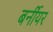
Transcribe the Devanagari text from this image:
बर्नीयर